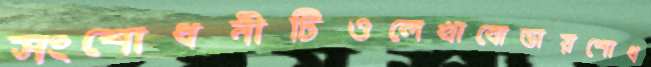
সংশোধনীটিওলেখাবোভায়শোধ